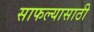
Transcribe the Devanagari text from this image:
साफल्यासाठी